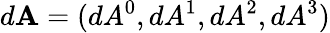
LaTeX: d\mathbf{A}=(dA^{0},dA^{1},dA^{2},dA^{3})